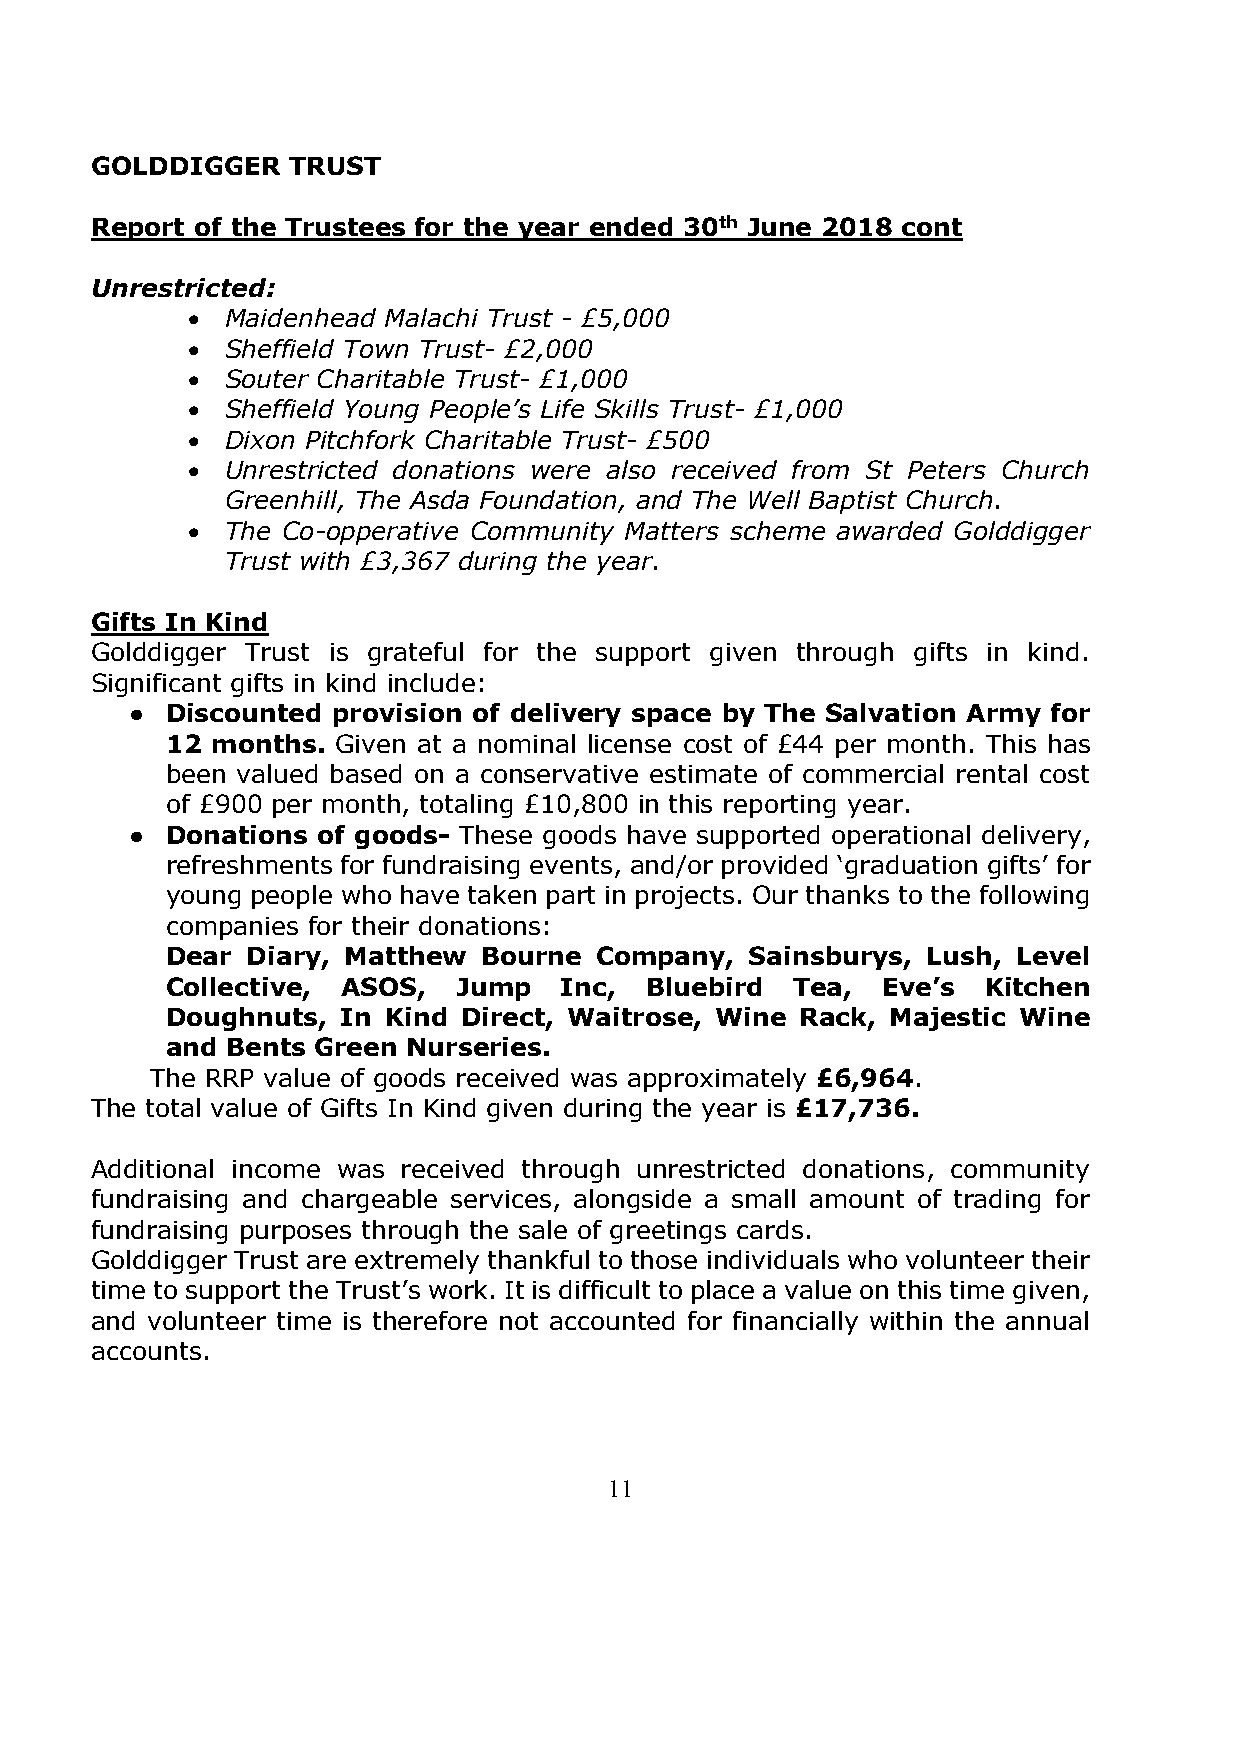
GOLDDIGGER   TRUST
 Report of the Trustees for the year ended 30th June 2018 cont
 Unrestricted:
 •  Maidenhead Malachi Trust - £5,000
 •  Sheffield Town Trust- £2,000
 •  Souter Charitable Trust- £1,000
 •  Sheffield Young People’s Life Skills Trust- £1,000
 •  Dixon Pitchfork Charitable Trust- £500
 •  Unrestricted donations were also received from St Peters Church
 Greenhill, The Asda Foundation, and The Well Baptist Church.
 •  The Co-opperative Community Matters scheme awarded Golddigger
 Trust with £3,367 during the year.
 Gifts In Kind
 Golddigger Trust is grateful for the support given through gifts in kind.
 Significant gifts in kind include:
 ● Discounted provision of delivery space by The Salvation Army for
 12 months. Given at a nominal license cost of £44 per month. This has
 been valued based on a conservative estimate of commercial rental cost
 of £900 per month, totaling £10,800 in this reporting year.
 ● Donations of goods- These goods have supported operational delivery,
 refreshments for fundraising events, and/or provided ‘graduation gifts’ for
 young people who have taken part in projects. Our thanks to the following
 companies for their donations:
 Dear Diary, Matthew  Bourne Company,   Sainsburys, Lush, Level
 Collective, ASOS,  Jump   Inc,  Bluebird Tea,  Eve’s  Kitchen
 Doughnuts,  In Kind Direct, Waitrose, Wine Rack, Majestic Wine
 and Bents Green Nurseries.
 The RRP value of goods received was approximately £6,964.
 The total value of Gifts In Kind given during the year is £17,736.
 Additional income was received through unrestricted donations, community
 fundraising and chargeable services, alongside a small amount of trading for
 fundraising purposes through the sale of greetings cards.
 Golddigger Trust are extremely thankful to those individuals who volunteer their
 time to support the Trust’s work. It is difficult to place a value on this time given,
 and volunteer time is therefore not accounted for financially within the annual
 accounts.
 11